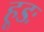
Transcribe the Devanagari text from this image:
हूडः